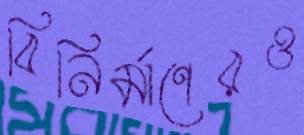
বিনির্মাণেরও